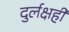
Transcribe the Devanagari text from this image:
दुर्लक्षही